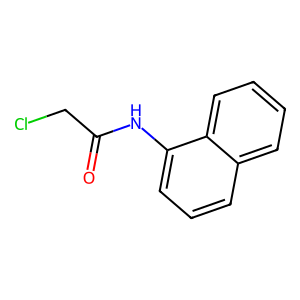
SMILES: O=C(CCl)Nc1cccc2ccccc12
Inhibits HIV replication: No